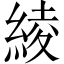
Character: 綾